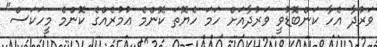
ވަރުދާ އެހާ ކަންބޮޑުވީ ވަރުދާއަށް ހަމަ ހެޔޮތަ ކޮންމެ ޢުމުރެއްގެ ކޮންމެ މީހަކަސް"